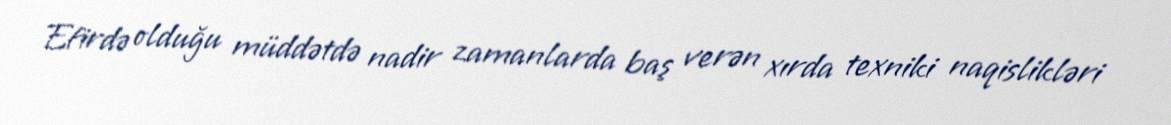
Efirdə olduğu müddətdə nadir zamanlarda baş verən xırda texniki naqislikləri